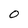
Character: o